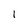
Character: I